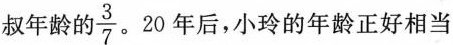
叔年龄的 \frac{3}{7}。20年后，小玲的年龄正好相当